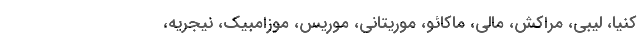
کنیا، لیبی، مراکش، مالی، ماکائو، موریتانی، موریس، موزامبیک، نیجریه،